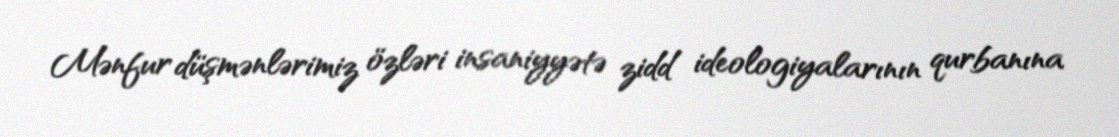
Mənfur düşmənlərimiz özləri insaniyyətə zidd ideologiyalarının qurbanına